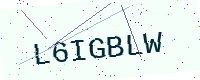
Text: L6IGBLW